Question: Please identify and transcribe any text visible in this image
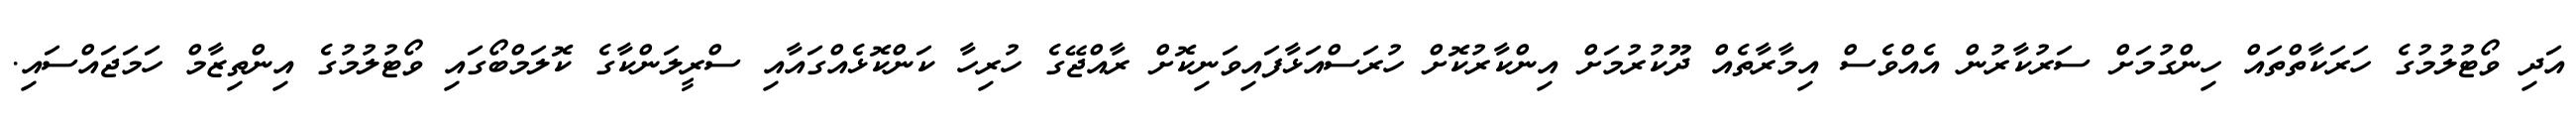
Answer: އަދި ވޯޓުލުމުގެ ހަރަކާތްތައް ހިންގުމަށް ސަރުކާރުން އެއްވެސް އިމާރާތެއް ދޫކުރުމަށް އިންކާރުކޮށް ހުރަސްއަޅާފައިވަނިކޮށް ރާއްޖޭގެ ހުރިހާ ކަންކޮޅެއްގައާއި ސްރީލަންކާގެ ކޮލަމްބޯގައި ވޯޓުލުމުގެ އިންތިޒާމް ހަމަޖައްސައި.